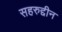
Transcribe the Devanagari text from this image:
सहरुद्दीन